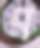
ম